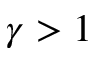
\gamma > 1